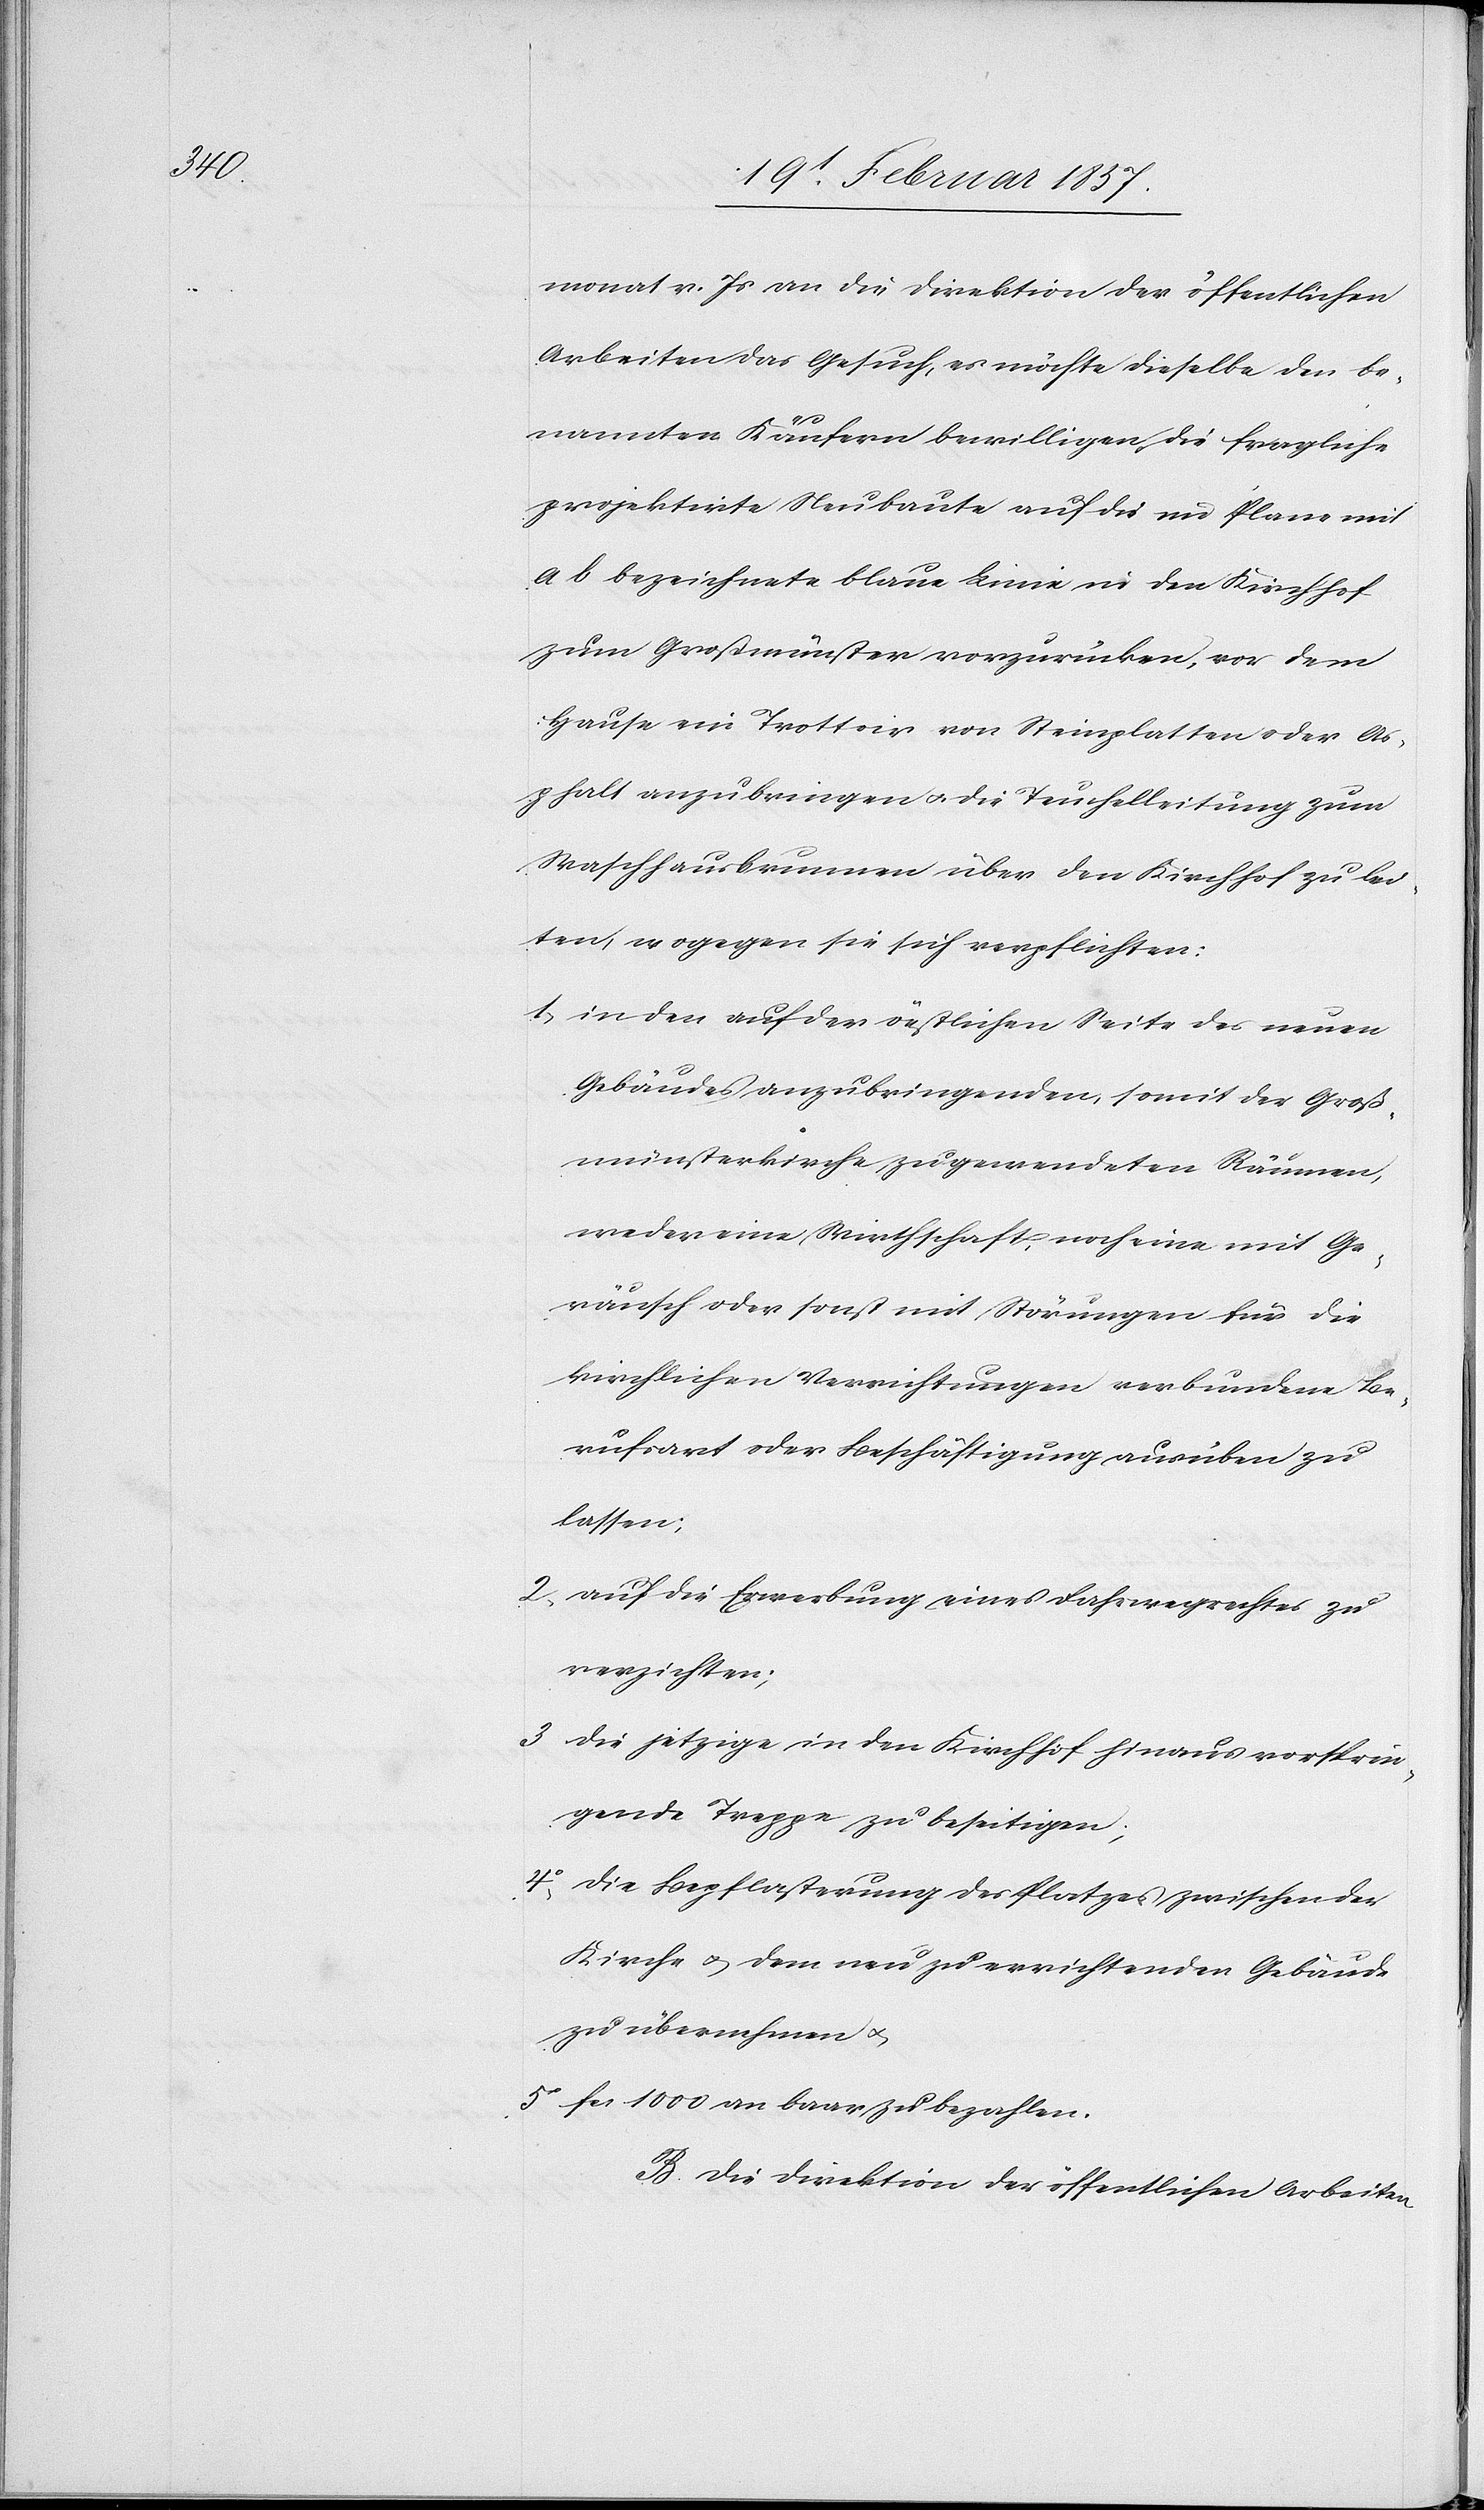
monat v. Js an die Direktion der öffentlichen
Arbeiten das Gesuch, es möchte dieselbe den be¬
nannten Käufern bewilligen, die fragliche
projektirte Neubaute auf die im Plane mit
a b bezeichnete blaue Linie in den Kirchhof
zum Großmünster vorzunehmen, vor dem
Haue ein Trottoir von Steinplatten oder As¬
phalt anzubringen u. die Teuchelleitung zum
Waschhausbrunnen über den Kirchhof zu lei¬
ten, wogegen sie sich verpflichten:
1. in den auf der östlichen Seite des neuen
Gebäudes anzubringenden, somit der Groß¬
münsterkirche zugewendeten Räumen,
weder eine Wirthschaft, noch eine mit Ge¬
räusch oder sonst mit Störungen für die
kirchlichen Verrichtungen verbundene Be¬
rufsart oder Beschäftigung ausüben zu
lassen;
2. auf die Erwerbung eines Fahrwegrechtes zu
verzichten;
3 die jetzige in den Kirchhof hinaus vorsprin¬
gende Treppe zu beseitigen;
4o die Bepflasterung des Platzes zwischen der
Kirche u. dem neu zu errichtenden Gebäude
zu übernehmen u.
5o fr. 1000 an baar zu bezahlen.
B. Die Direktion der öffentlichen Arbeiten